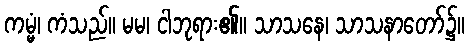
ကမ္မံ၊ ကံသည်။ မမ၊ ငါဘုရား၏။ သာသနေ၊ သာသနာတော်၌။